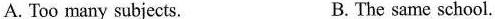
A. Too many subjects. B. The same school.